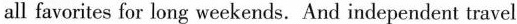
all favorites for long weekends. And independent travel